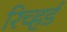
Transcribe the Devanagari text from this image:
रिच्हर्ड